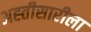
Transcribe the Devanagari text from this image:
अह्तीसारीला